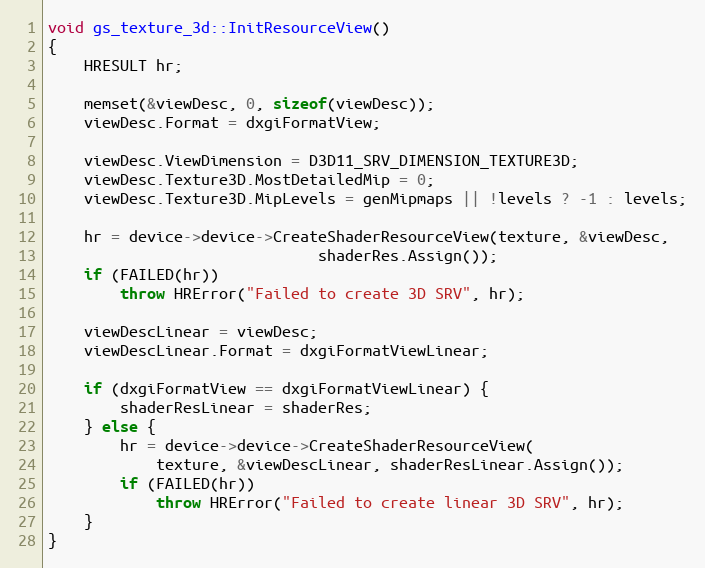
Language: C++
void gs_texture_3d::InitResourceView()
{
	HRESULT hr;

	memset(&viewDesc, 0, sizeof(viewDesc));
	viewDesc.Format = dxgiFormatView;

	viewDesc.ViewDimension = D3D11_SRV_DIMENSION_TEXTURE3D;
	viewDesc.Texture3D.MostDetailedMip = 0;
	viewDesc.Texture3D.MipLevels = genMipmaps || !levels ? -1 : levels;

	hr = device->device->CreateShaderResourceView(texture, &viewDesc,
						      shaderRes.Assign());
	if (FAILED(hr))
		throw HRError("Failed to create 3D SRV", hr);

	viewDescLinear = viewDesc;
	viewDescLinear.Format = dxgiFormatViewLinear;

	if (dxgiFormatView == dxgiFormatViewLinear) {
		shaderResLinear = shaderRes;
	} else {
		hr = device->device->CreateShaderResourceView(
			texture, &viewDescLinear, shaderResLinear.Assign());
		if (FAILED(hr))
			throw HRError("Failed to create linear 3D SRV", hr);
	}
}